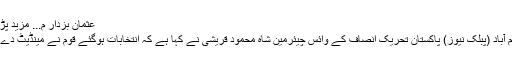
عثمان بزدار م... مزید پڑھیں
اسلام آباد (پبلک نیوز) پاکستان تحریک انصاف کے وائس چیئرمین شاہ محمود قریشی نے کہا ہے کہ انتخابات ہوگئے قوم نے مینڈیٹ دے دیا۔